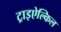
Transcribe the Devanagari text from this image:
ट्राइऐल्किल